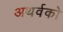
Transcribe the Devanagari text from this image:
अथर्वको